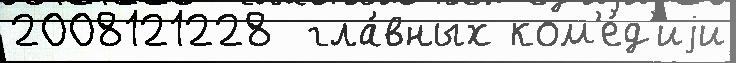
2008121228  гла́вных ком'е́д'иjи